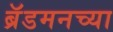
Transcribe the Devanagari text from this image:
ब्रॅडमनच्या